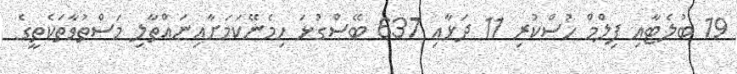
19 ބުލެޓާއި ފިލްމް ހުސްކުރި 11 ދަޅާއި 637 ބޭސްގުޅަ ހިމެނޭކަމަށާއިނައްތާލި މަސްތުވާތަކެތީގެ